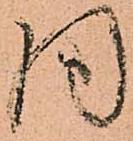
同